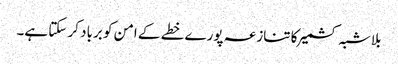
بلاشبہ کشمیر کا تنازعہ پورے خطے کے امن کو برباد کر سکتا ہے۔